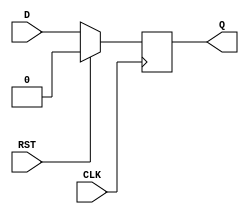
module synchronous_register (
    input wire D,          // Data Input
    input wire CLK,        // Clock Input
    input wire RST,        // Reset Input
    output reg Q           // Data Output
);

    // Always block to capture the rising edge of the clock
    always @(posedge CLK) begin
        if (RST) begin
            Q <= 1'b0;      // Set output Q to 0 on reset
        end else begin
            Q <= D;         // Capture the input D on rising edge of CLK
        end
    end

endmodule